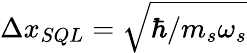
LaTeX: \Delta x_{SQL}=\sqrt{\hbar/m_{s}\omega_{s}}